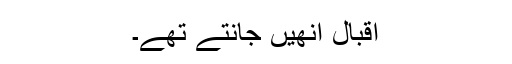
اقبال انھیں جانتے تھے۔